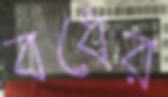
বধের